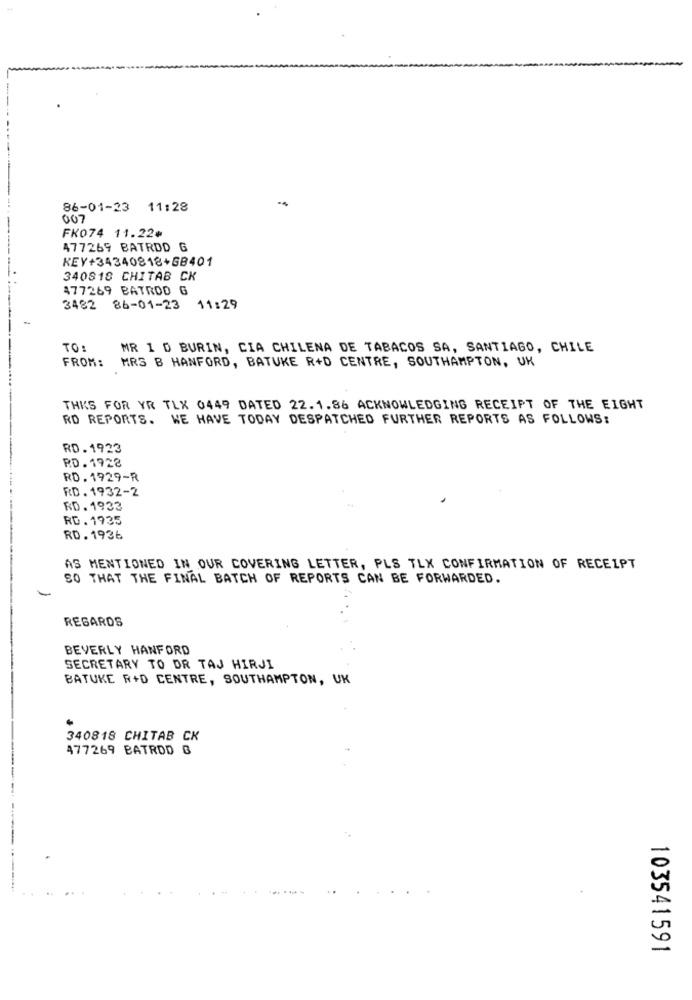
86-01-23 11:28
007
FK074 11.22¢
477269 BATRDD G
KEY+34340818+68401
340818 CHITAB CK
477269 BATROD G
3482 86-01-23 11:29
TO:
MR 1 D BURIN, CIA CHILENA DE TABACOS SA, SANTIAGO, CHILE
FROM:
MRS B HANFORD, BATUKE R+D CENTRE, SOUTHAMPTON, UK
THKS FOR YR TLX 0449 DATED 22.1.86 ACKNOWLEDGING RECEIPT OF THE EIGHT
RD REPORTS. WE HAVE TODAY DESPATCHED FURTHER REPORTS AS FOLLOWS:
RD.1923
RD. 1928
RD. 1929-R
RD. 1932-2
RD. 1933
RD. 1935
RD. 1936
AS MENTIONED IN OUR COVERING LETTER, PLS TLX CONFIRMATION OF RECEIPT
SO THAT THE FINAL BATCH OF REPORTS CAN BE FORWARDED.
-
REGARDS
BEVERLY HANFORD
SECRETARY TO DR TAJ HIRJI
BATUKE R+D CENTRE, SOUTHAMPTON, UK
340818 CHITAB CK
477269 BATRDD G
103541591